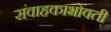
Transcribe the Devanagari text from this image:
संवाहकाभोवती